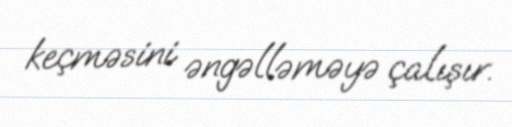
keçməsini əngəlləməyə çalışır.